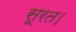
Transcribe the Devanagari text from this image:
सूरत।